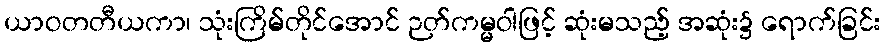
ယာဝတတီယကာ၊ သုံးကြိမ်တိုင်အောင် ဉတ်ကမ္မဝါဖြင့် ဆုံးမသည့် အဆုံး၌ ရောက်ခြင်း